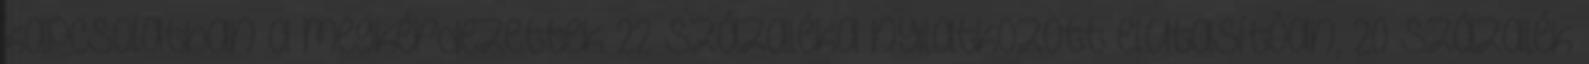
kapcsolatban a megkérdezettek 22 százaléka nyilatkozott elutasítóan, 20 százalék